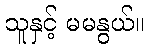
သူနှင့် မမနွယ်။